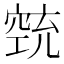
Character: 𱷋